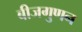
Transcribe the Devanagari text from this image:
बीजगुणन